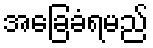
အခြေခံရမည်